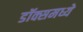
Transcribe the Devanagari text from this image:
डॉक्समध्ये